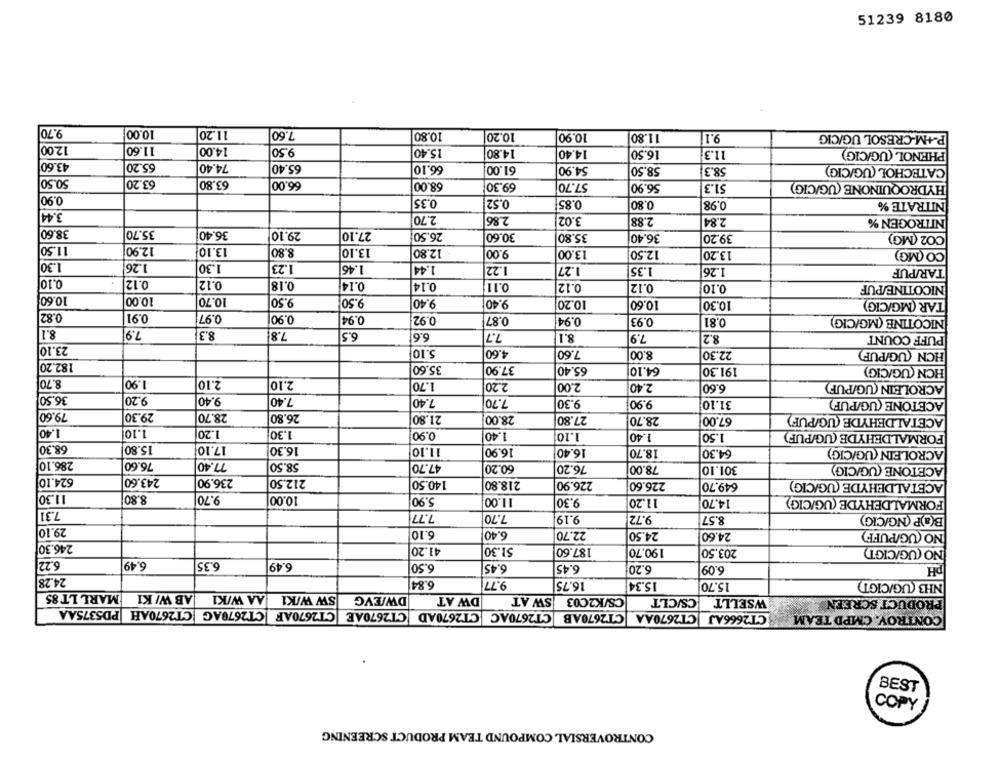
51239 8180
9.70
7.60
10.00
11.20
10.80
10.20
10.90
11.80
9.1
P-+M-CRESOL UG/CIG
12.00
11.60
14.00
9.50
15.40
14.80
14.40
16.50
11.3
PHENOL (UG/CIG)
43.60
65.20
74.40
65.40
66.10
61.00
54.90
58.50
58.3
CATECHOL (UG/CIG)
50.50
63.20
63.80
66.00
68.00
69.30
57.70
HYDROQUINONE (UG/CIG)
56.90
51.3
0.90
0.35
0.52
0.85
0.80
0.98
NITRATE %
3.44
2.70
2.86
3.02|
2.88
2.84
NITROGEN %
38.60|
35.70
36.40
29.10
27.10
26.50
30.60
35.80
36.40
39.20
CO2 (MG)
11.50
12.90
13.10
8.80
13.10
12.80
9.00
13.00
12.50
13.20
CO (MG)
1.30
1.26
1.30
1.23
1.46
1.44
1.22
1.27
1.35
1.26
TAR/PUF
0.10
0.12
0.12
0.18
0.14
0.11
0.14
0.12
0.12
0.10
NICOTINE/PUF
10.60
10.00
10.70
9.50
9.50
9.40
9.40
10.20
10.60
10.30
TAR (MG/CIG)
0.82
0.91
0.97
0.90
0.94
0.92
0.87
0.94
0.93
0.81
NICOTINE (MG/CIG)
8.1
7.9
8.3
7.8
6.5
6.6
7.7
8.1
7.9
8.2
PUFF COUNT
23.10
5.10
4.60
7.60
8.00
HCN (UG/PUF)
22.30
182.20
35.60
37.90
64.10
65.40
191.30
HCN (UG/CIG)
8.70
1.90
2.10
2.10
1.70
2.20
2.00
2.40
6.60
ACROLEIN (UG/PUF)
36.50
9.20
9.40
7.40
7.40
7.70
9.30
9.90
31.10
ACETONE (UG/PUF)
79.60
29.30
28.70
26.80
21.80
28.00
27.80
28.70
67.00
ACETALDEHYDE (UG/PUF)
1.40
1.10
1.20
1.30
0.90
1.40
1.10
1.40
1.50
FORMALDEHYDE (UG/PUF)
68.30
15.80
17.10
16.30
11.10
16.90
16.40
18.70
54.30
ACROLEIN (UG/CIG)
286.10
76.60
77.40
58.50
47.70
60.20
ACETONE (UG/CIG)
76.20
78.00
301.10
624.10
243.60
236.90
212.50
140.50
218.80
226.90
226.60
649.70
ACETALDEHYDE (UG/CIG)
11.30
8.80
9.70
10.00
5.90
11.00
9.30
11.20
14.70
FORMALDEHYDE (UG/CIGG)
7.31
7.77
7.70
9.19
9.72
8.57
B(a)P (NG/CIG)
29.10
6.10
6.40
22.70
24.50
24.60
NO (UG/PUFF)
246.30
41.20
51.30
187.60
190.70
203.50
NO (UG/CIGT)
6.22
6.49
6.35
6.49
6.50
6.45
OH
5.45
6.201
6.09
24.28
6.84
9.77
16.75
15.34
15.70
NH3 (UG/CIGT)
MARL LT 85
AB W/ KI
AA W/KI
SW WIKI
DW/EVG
DW AT
SWAT
CS/K2C03
CS/CLT
WSELLT
PRODUCT SCREEN
CT2670AH PD5375AA
CT2670AC CT2670AD CT2670AE CT2670AF CT2670AG
CT2670AB
CT2670AA
CT2666AJ
CONTROY. CMPD TEAM
BEST
COPY
CONTROVERSIAL COMPOUND TEAM PRODUCT SCREENING